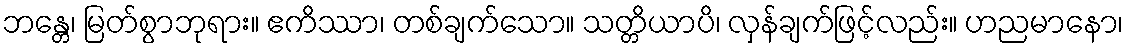
ဘန္တေ၊ မြတ်စွာဘုရား။ ဧကိဿာ၊ တစ်ချက်သော။ သတ္တိယာပိ၊ လှန်ချက်ဖြင့်လည်း။ ဟညမာနော၊